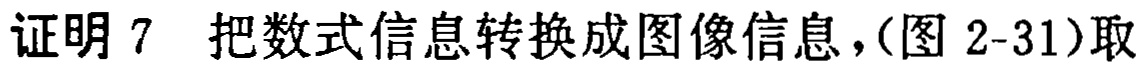
证明 7 把数式信息转换成图像信息，(图 2-31)取